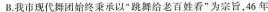
B.我市现代舞团始终秉承以”跳舞给老百姓看”为宗旨，46年